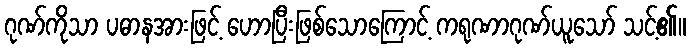
ဂုဏ်ကိုသာ ပဓာနအားဖြင့် ဟောပြီးဖြစ်သောကြောင့် ကရုဏာဂုဏ်ယူသော် သင့်၏။